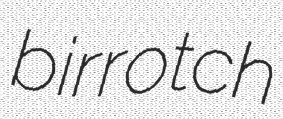
birrotch